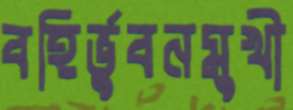
বহির্ভুবনমুখী